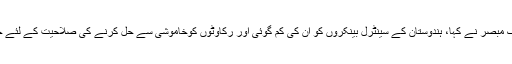
جیسا کہ ایک مبصر نے کہا، ہندوستان کے سینٹرل بینکروں کو ان کی کم گوئی اور رکاوٹوں کوخاموشی سے حل کرنے کی صلاحیت کے لئے جانا جاتا تھا۔